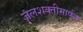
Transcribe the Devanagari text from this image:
जलशक्तीमार्फत